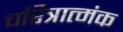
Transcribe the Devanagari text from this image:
चरित्रात्मंक